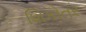
શિકોતર